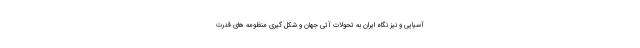
آسیایی و نیز نگاه ایران به تحولات آتی جهان و شکل گیری منظومه های قدرت